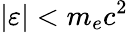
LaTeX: |\varepsilon|<m_{e}c^{2}